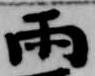
雨